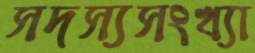
সদস্যসংখ্যা